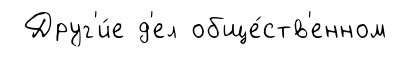
Друг'и́е д'ел обще́ств'енном